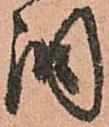
調